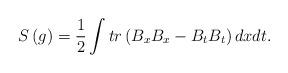
LaTeX: \begin{align*}S\left( g\right) =\frac 12\int tr\left( B_xB_x-B_tB_t\right)dxdt.\end{align*}